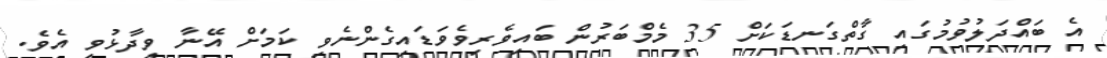
އެ ބައްދަލުވުމުގައި ގާތްގަނޑަކަށް 35 މެމްބަރުން ބައިވެރިވެވަޑައިގެންނެވި ކަމަށް އޭނާ ވިދާޅުވި އެވެ.